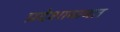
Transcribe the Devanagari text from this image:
प्रदेशाबाबत